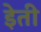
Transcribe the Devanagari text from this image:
इेती